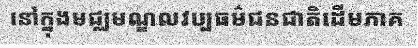
នៅក្នុងមជ្ឈមណ្ឌលវប្បធម៌ជនជាតិដើមភាគ